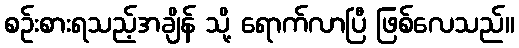
စဉ်းစားရသည့်အချိန် သို့ ရောက်လာပြီ ဖြစ်လေသည်။